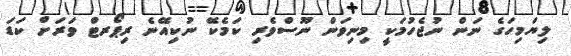
ލިޔަމިހަގެ ނަން ނުޖެހުމަކީ މިނިވަން ނޫސްވެރި ކަމެކޭ ނުކިއޭނެ ރިޕޯރޓް ވަރަށް ކަޑަ